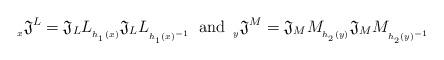
LaTeX: \begin{align*}{}_{{}_x}\mathfrak{J}^L = \mathfrak{J}_L L_{{}_{h_{{}_1} (x)}} \mathfrak{J}_L L_{{}_{{h_{{}_1} (x)}^{-1}}}\,\,\, \textrm{and} \,\,\,{}_{{}_y}\mathfrak{J}^M = \mathfrak{J}_M M_{{}_{h_{{}_2} (y)}} \mathfrak{J}_M M_{{}_{{h_{{}_2} (y)}^{-1}}}\end{align*}